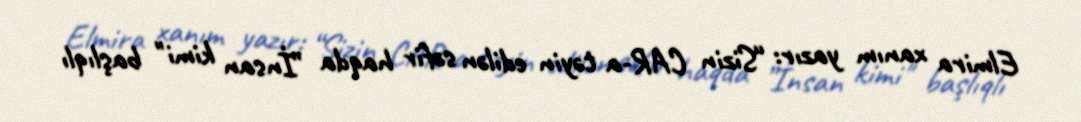
Elmira xanım yazır: “Sizin CAR-a təyin edilən səfir haqda ”İnsan kimi" başlıqlı